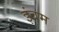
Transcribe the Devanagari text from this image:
इंबम